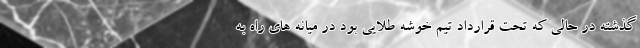
گذشته در حالی که تحت قرارداد تیم خوشه طلایی بود در میانه های راه به